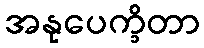
အနုပေက္ခိတာ